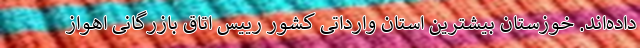
داده‌اند. خوزستان بیشترین استان وارداتی کشور رییس اتاق بازرگانی اهواز